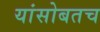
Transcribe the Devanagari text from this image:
यांसोबतच